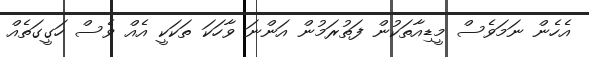
އެހެން ނަމަވެސް މީޑިއާތަކުން ފަތުރަމުން އަންނަ ވާހަކަ ތަކަކީ އެއް ވެސް ހަގީގަތެއް